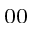
_ { 0 0 }